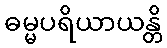
ဓမ္မပရိယာယန္တိ